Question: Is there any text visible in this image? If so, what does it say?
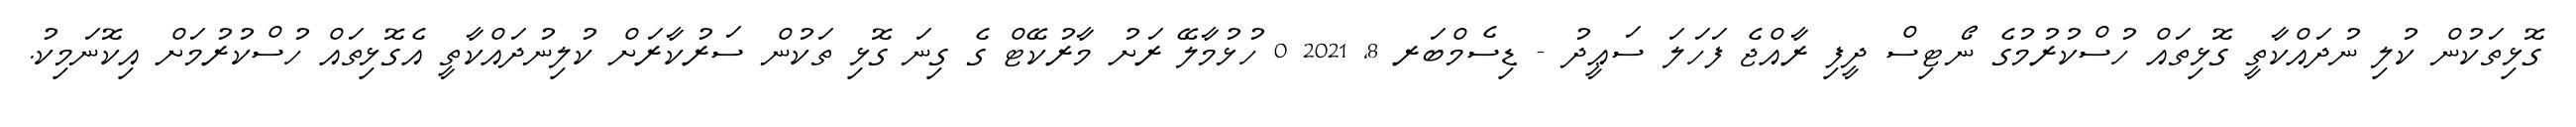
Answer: ގޮޅިތަކުން ކުލި ނުދައްކާތީ ގޮޅިތައް ހުސްކުރުމުގެ ނޯޓިސް ދީފި ރާއްޖެ ފަހަލަ ސަޢީދު - ޑިސެމްބަރ 8, 2021 0 ހުޅުމާލޭ ރަށު މާރުކޭޓް ގެ ގިނަ ގޮޅި ތަކުން ސަރުކާރަށް ކުލިނުދައްކާތީ އެގޮޅިތައް ހުސްކުރުމަށް އިކޮނަމިކު.